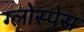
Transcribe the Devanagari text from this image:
ग्लोस्पेस